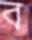
ব